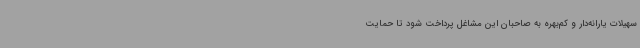
سهیلات یارانه‌دار و کم‌بهره به صاحبان این مشاغل پرداخت شود تا حمایت